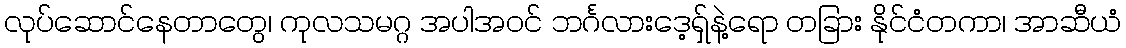
လုပ်ဆောင်နေတာတွေ၊ ကုလသမဂ္ဂ အပါအဝင် ဘင်္ဂလားဒေ့ရှ်နဲ့ရော တခြား နိုင်ငံတကာ၊ အာဆီယံ